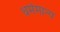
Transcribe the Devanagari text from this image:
धर्ममान्य